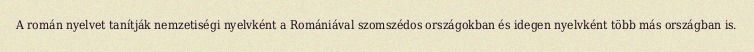
A román nyelvet tanítják nemzetiségi nyelvként a Romániával szomszédos országokban és idegen nyelvként több más országban is.